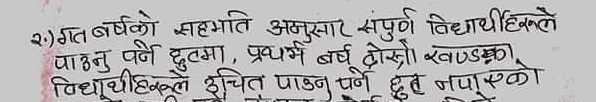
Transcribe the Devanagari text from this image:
२) गत वर्षको सहमती अनुसार सम्पूर्ण विद्यार्थीहरुले
पाउनु पर्ने छुटमा, प्रथम वर्ष दोस्रो खण्डका
विद्यार्थीहरुले उचित पाउनु पर्ने छुट नपाएको